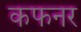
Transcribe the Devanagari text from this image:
कफनर